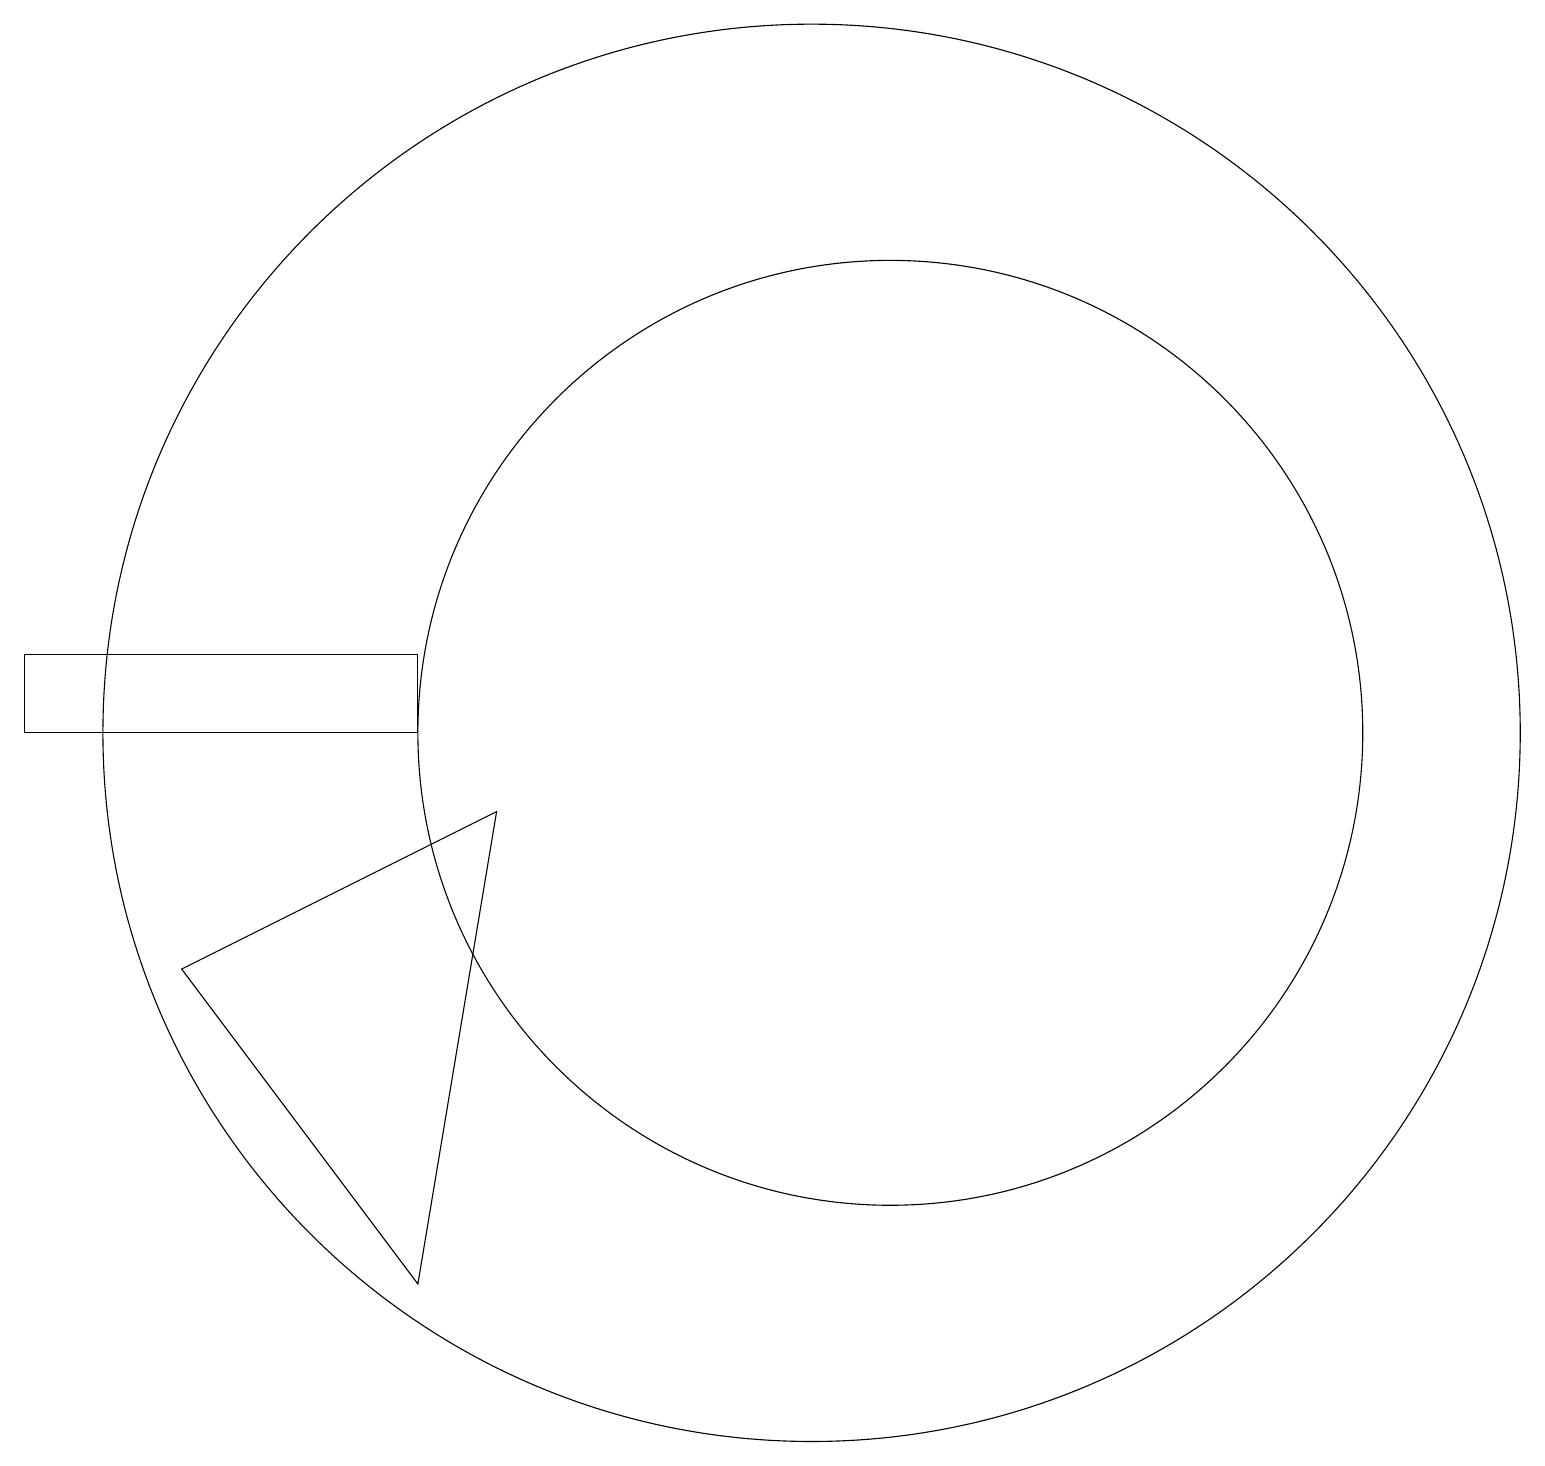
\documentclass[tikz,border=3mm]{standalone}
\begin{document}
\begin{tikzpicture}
\draw (12,10) circle (6);
\draw (6,3) -- (7,9) -- (3,7) -- cycle;
\draw (1,10) rectangle (6,11);
\draw (11,10) circle (9);
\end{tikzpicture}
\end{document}